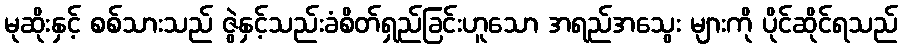
မုဆိုးနှင့် စစ်သားသည် ဇွဲနှင့်သည်းခံစိတ်ရှည်ခြင်းဟူသော အရည်အသွေး များကို ပိုင်ဆိုင်ရသည်